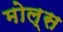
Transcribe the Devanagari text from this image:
मोल्स